Annual report on the mental hospital in the Central Provinces and Berar (Nagpur) - 1927-1951
Year: 1927
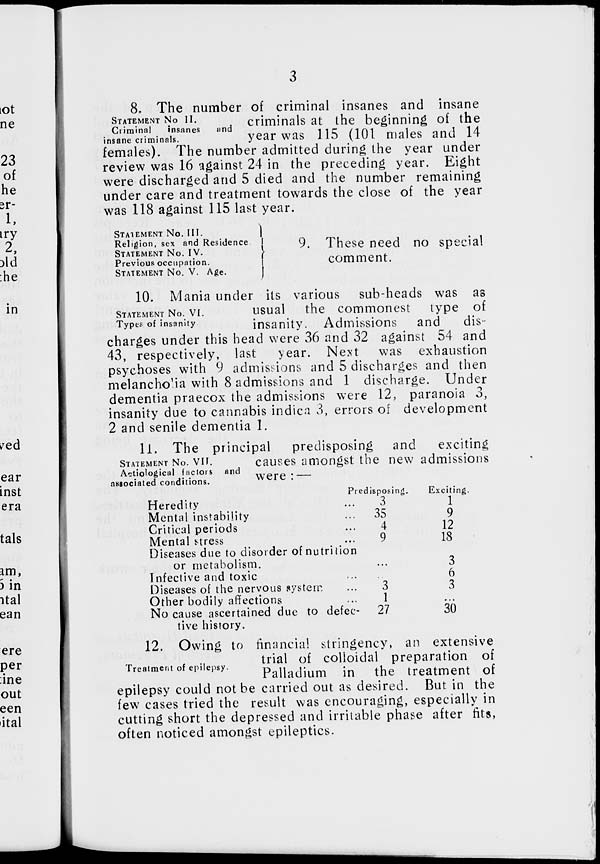
3
STATEMENT No II.
Criminal
insanes
and
insane criminals.
8. The number of criminal insanes and insane
criminals at the beginning of the
year was 115 (101 males and 14
females). The number admitted during the year under
review was 16 against 24 in the preceding year. Eight
were discharged and 5 died and the number remaining
under care and treatment towards the close of the year
was 118 against 115 last year.
STATEMENT No. III.
Religion, sex and Residence
STATEMENT No. IV.
Previous occupation.
STATEMENT No. V. Age.
9. These need no special
comment.
STATEMENT No. VI.
Types of insanity.
10. Mania under its various sub-heads was as
usual the commonest type of
insanity. Admissions and
dis-
charges under this head were 36 and 32 against 54 and
43, respectively, last
year. Next was exhaustion
psychoses with 9 admissions and 5 discharges and then
melancholia with 8 admissions and 1 discharge. Under
dementia praecox the admissions were 12, paranoia 3,
insanity due to cannabis indica 3, errors of development
2 and senile dementia 1.
STATEMENT No. VII.
Aetiological factors and
associated conditions.
11. The principal
predisposing and
exciting
causes amongst the new admissions
were : —
Heredity ...
Mental instability ...
Critical periods ...
Mental stress ...
Diseases due to disorder of nutrition
or metabolism.
Infective and toxic ...
Diseases of the nervous system ...
Other bodily affections ...
No cause ascertained due to defec-
tive history.
Predisposing.
3
35
4
9
...
...
3
1
27
Exciting.
1
9
12
18
3
6
3
...
30
Treatment of epilepsy.
12. Owing to financial stringency, an extensive
trial of colloidal preparation of
Palladium in the treatment of
epilepsy could not be carried out as desired. But in the
few cases tried the result was encouraging, especially in
cutting short the depressed and irritable phase after fits,
often noticed amongst epileptics.